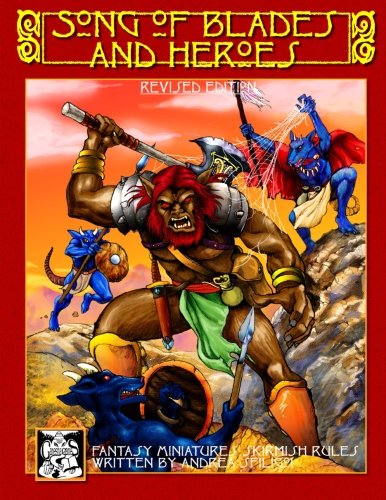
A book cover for Song of Blades and Heroes - Revised Edition; Andrea Sfiligoi; Science Fiction & Fantasy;